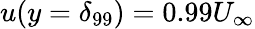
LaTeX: u(y=\delta_{99})=0.99U_{\infty}